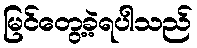
မြင်တွေ့ခဲ့ရပါသည်